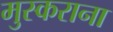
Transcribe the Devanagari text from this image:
मुस्कराना